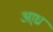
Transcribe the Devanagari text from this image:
आ्ध्रा